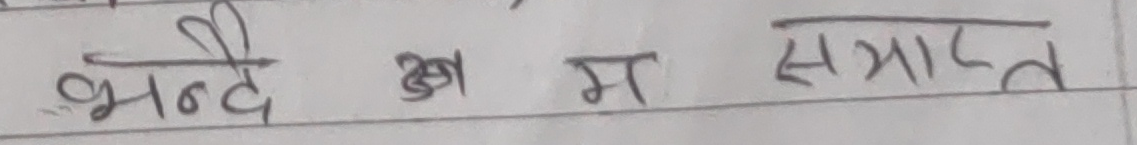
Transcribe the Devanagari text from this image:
भन्दे ख म समाप्त